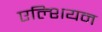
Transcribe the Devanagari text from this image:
एल्शियन